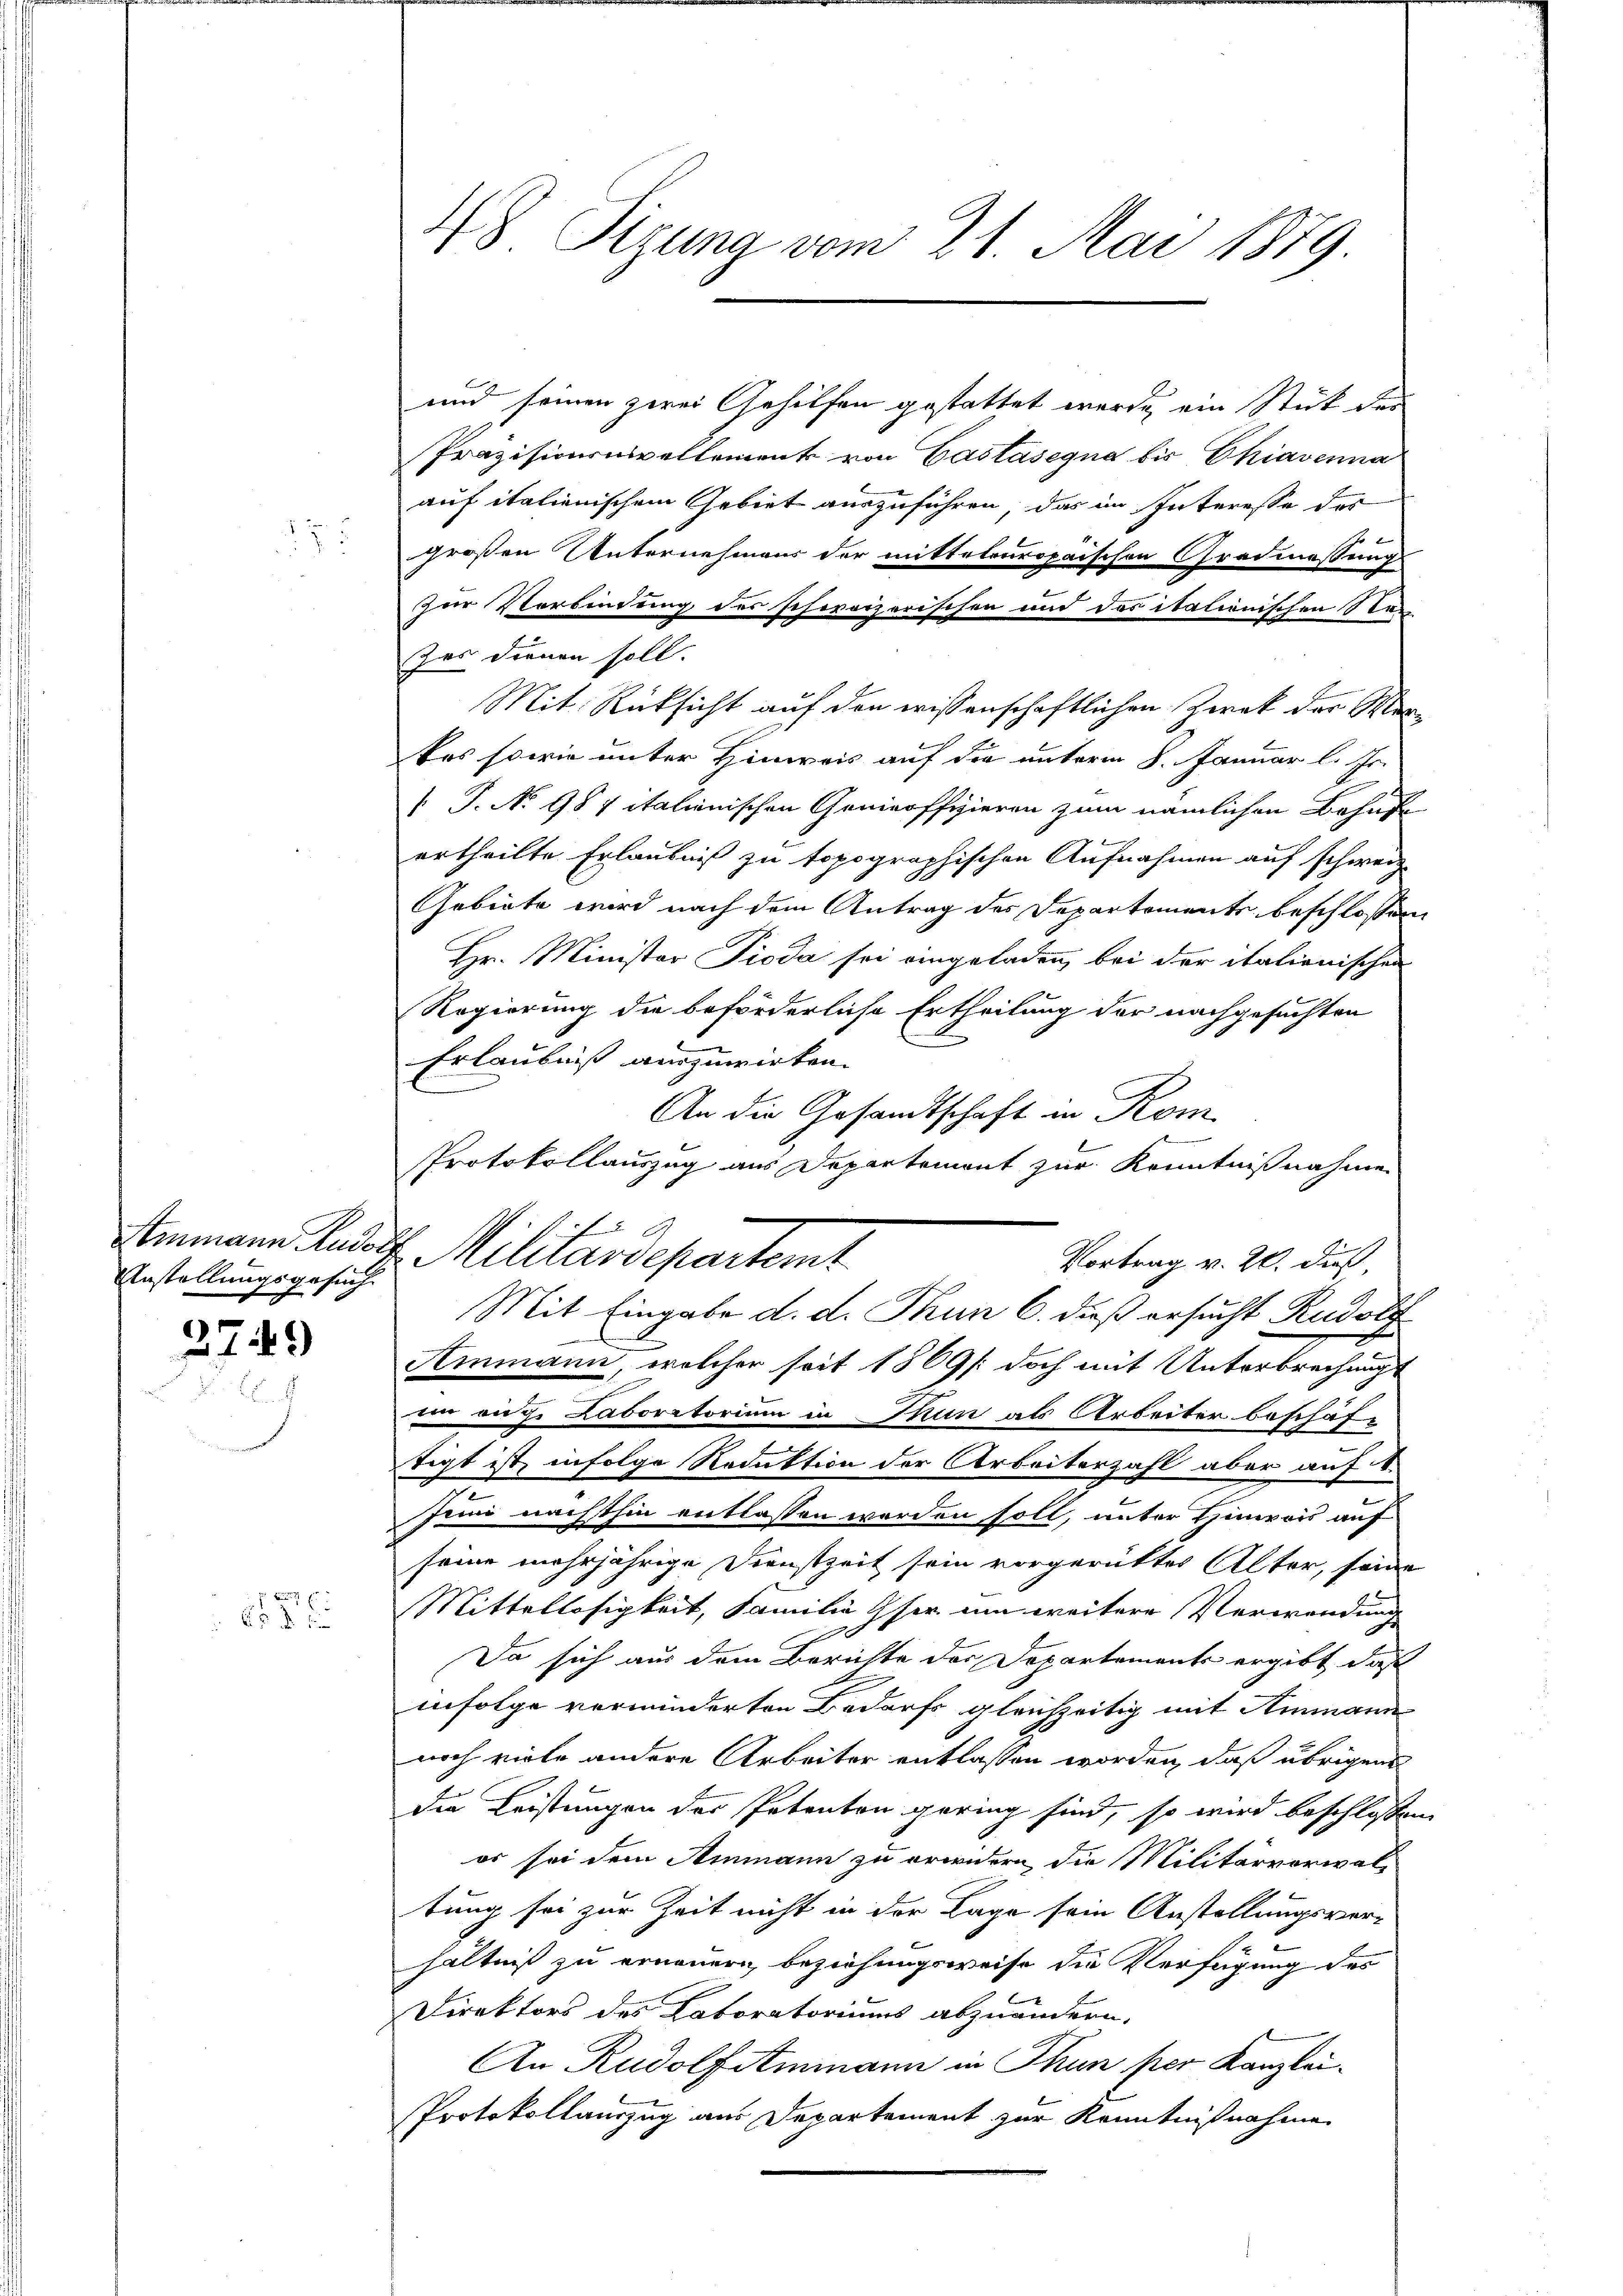
Anstellungsgesuch

3749

x
A 1

und seinen zwei Gehilfen gestattet wurde, ein Stück der
Präzisionsnivellement von Castasegna bis Chiavenna
auf italienischem Gebiet auszuführen, das im Interesse des
großen Unternehmens der mittelouropaischen Gradmessung
zur Verbindung des schweizerischen und das italienischen Stad
Das dienen soll.
Mit Rücksicht auf den wissenschaftlichen Zwek der Mentes sowie unter Hinweis auf die unterm 8. Januar l. Js.
[ P. No 987 italienischen Genieoffizieren zum nämlichen Behufe
ertheilte Erlaubniß zu topographischen Aufnahmen auf schweiz.
Gebiete wird nach dem Antrag des Departements beschlossen,
Hr. Minister Pioda sei eingeladen, bei der italionischen
Regierung die beförderliche Ertheilung der nachgesuchten
Erlaubniß auszuwirken.
An die Gesandtschaft in Kom
Protokollauszug aus Departement zur Kenntnißnahmen
Emmann Rudolf Militardepartemt
Ammann, welcher seit 1869 /: doch mit Unterbrechungs
in eige Laboratorium in Thun als Arbeiter beschäf-
tigt ist, infolge Reduktion der Arbeiterzahl aber auf 4.
Juni nachthin entlassen werden soll, unter Hinweis auf
seine mehrjährige Dienstzeit sein vorgerüttes Alter, seine
Mittellosigkeit, Familie Oser um weitere Verwendung
x
Da sich aus dem Berichte der Departement ergibt, daß
infolge verminderten Bedarfs gleichzeitig mit Ammann
noch viele andere Arbeiter entlassen worden, daß übrigens
die Leistungen der Petenten gering sind, so wird beschlossen
er sei dem Ammann zu erwidern die Militärverwaltung sei zur Zeit nicht in der Lage sein Anstellungsverhältniß zu ernennern beziehungsweise die Verfügung des
Direktors des Laboratoriums abzuändern.
An Rudolfstmmann in Thun per Kanzlei¬
Protokollauszug aus Departement zur Kenntnißnahme

48 Sizung vom 21. Mai 1879

Vortrag v. 20. dieß,
Mit Eingabe d. d. Thun 6. dieß ersucht Rudolf